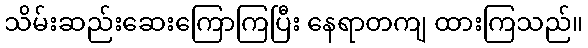
သိမ်းဆည်းဆေးကြောကြပြီး နေရာတကျ ထားကြသည်။